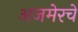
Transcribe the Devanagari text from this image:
अजमेरचे